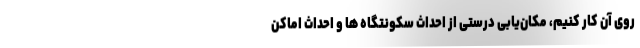
روی آن کار کنیم، مکان‌یابی درستی از احداث سکونتگاه ها و احداث اماکن